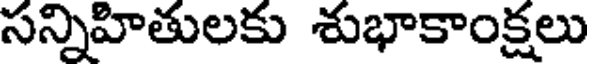
సన్నిహితులకు శుభాకాంక్షలు